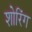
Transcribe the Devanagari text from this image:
शोरिंग